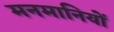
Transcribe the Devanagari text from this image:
मनमानियों